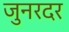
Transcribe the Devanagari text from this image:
जुनरदर